Leprosy in India: report of the Leprosy Commission in India, 1890-91
Year: 1890
Disease focus: Leprosy
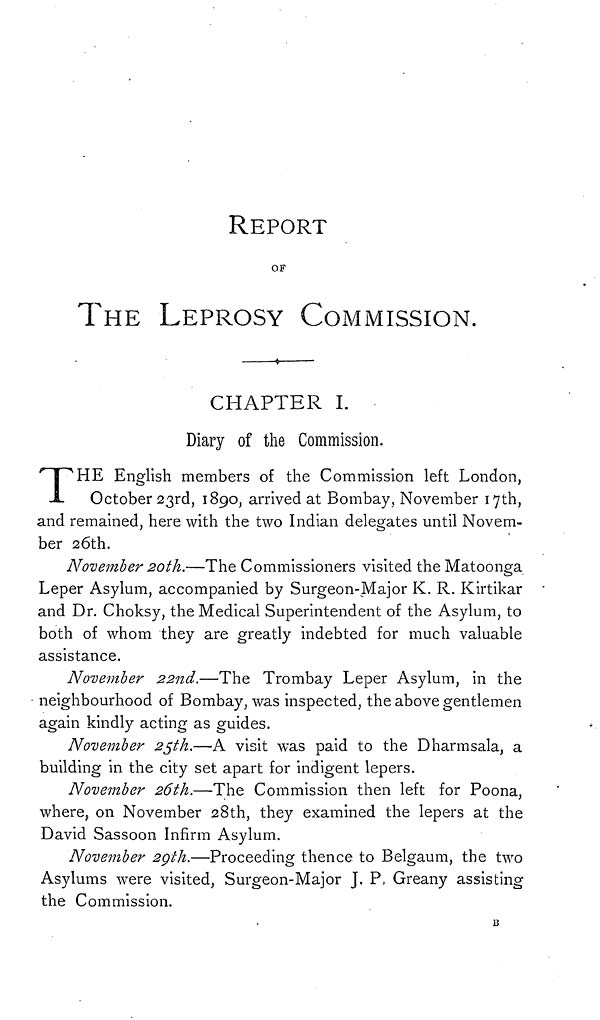
REPORT
OF
THE LEPROSY COMMISSION.
CHAPTER I.
Diary of the Commission.
T HE English members of the Commission left London,
October 23rd, 1890, arrived at Bombay, November 17th,
and remained, here with the two Indian delegates until Novem-
ber 26th.
November 20th.—The Commissioners visited the Matoonga
Leper Asylum, accompanied by Surgeon-Major K. R. Kirtikar
and Dr. Choksy, the Medical Superintendent of the Asylum, to
both of whom they are greatly indebted for much valuable
assistance.
November 22nd.—The Trombay Leper Asylum, in the
neighbourhood of Bombay, was inspected, the above gentlemen
again kindly acting as guides.
November 25th.—A visit was paid to the Dharmsala, a
building in the city set apart for indigent lepers.
November 26th.—The Commission then left for Poona,
where, on November 28th, they examined the lepers at the
David Sassoon Infirm Asylum.
November 2gth.—Proceeding thence to Belgaum, the two
Asylums were visited, Surgeon-Major J. P. Greany assisting
the Commission.